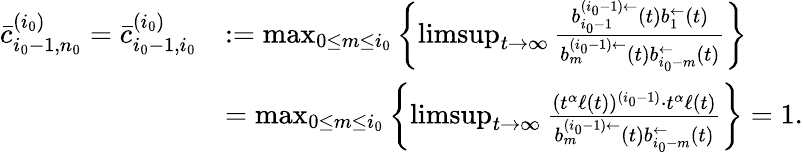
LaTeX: \begin{array}{rl}{\bar{c}_{i_{0}-1,n_{0}}^{(i_{0})}=\bar{c}_{i_{0}-1,i_{0}}^{(i_{0})}}&{:=\operatorname*{max}_{0\le m\le i_{0}}\left\{ \operatorname*{limsup}_{t\to\infty}\frac{b_{i_{0}-1}^{(i_{0}-1)\leftarrow}(t)b_{1}^{\leftarrow}(t)}{b_{m}^{(i_{0}-1)\leftarrow}(t)b_{i_{0}-m}^{\leftarrow}(t)}\right\} }\\ &{=\operatorname*{max}_{0\le m\le i_{0}}\left\{ \operatorname*{limsup}_{t\to\infty}\frac{(t^{\alpha}\ell(t))^{(i_{0}-1)}\cdot t^{\alpha}\ell(t)}{b_{m}^{(i_{0}-1)\leftarrow}(t)b_{i_{0}-m}^{\leftarrow}(t)}\right\} =1.}\end{array}